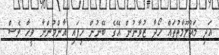
އަދި މައުލޫމާތުތައް ހޯދާ ޒުވާނުން އޭގެ ބޭނުން ހިފައި އާންމުންނާ ވީހާ ވެސް